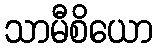
သာမီစိယော